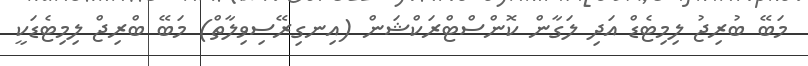
މަބޭ ބުރިޖު ލިމިޓެޑް އަދި ލަގާން ކޮންސްޓްރަކްޝަން (އިނގިރޭސިވިލާތް) މަބޭ ބްރިޖް ލިމިޓެޑަކީ